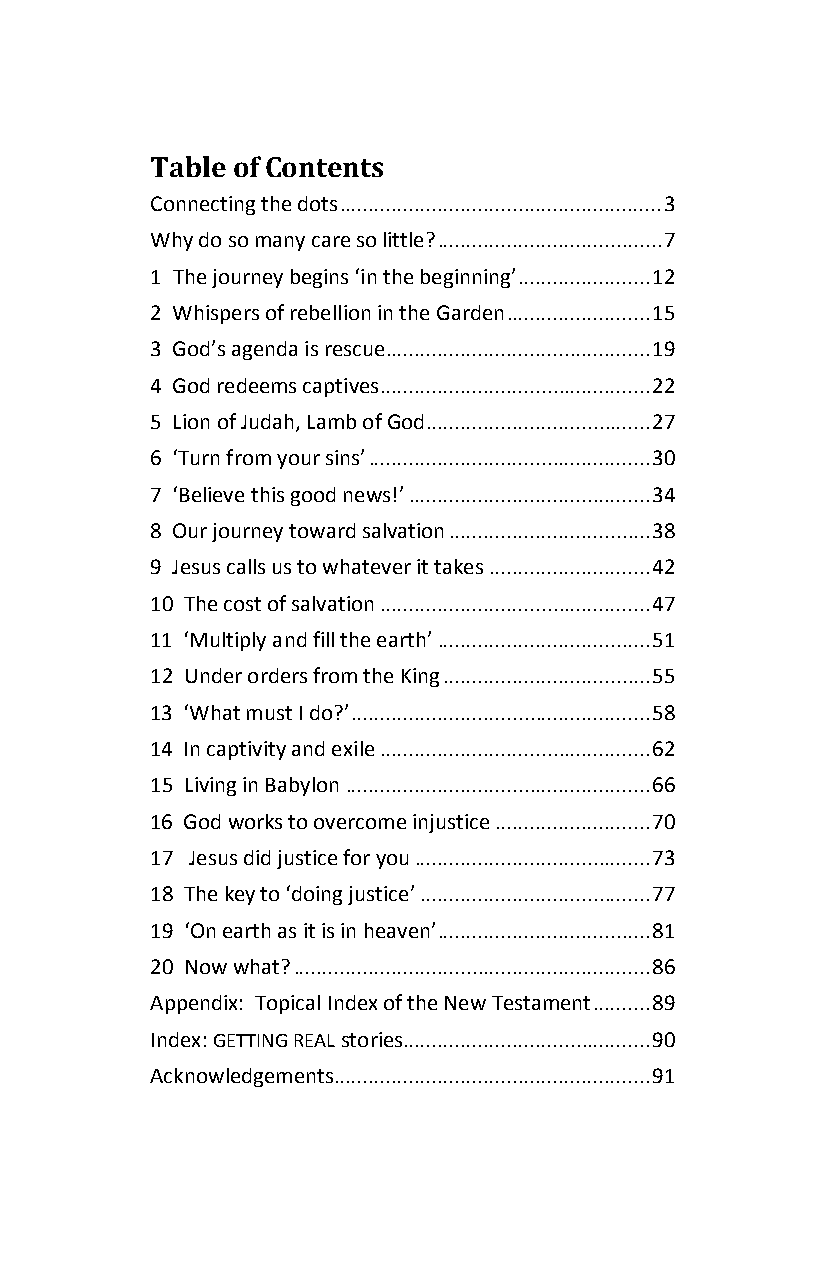
Table of Contents
 Connecting the dots ........................................................ 3
 Why do so many care so little? ....................................... 7
 1 The journey begins ‘in the beginning’ ....................... 12
 2 Whispers of rebellion in the Garden ......................... 15
 3 God’s agenda is rescue .............................................. 19
 4 God redeems captives ............................................... 22
 5 Lion of Judah, Lamb of God ....................................... 27
 6 ‘Turn from your sins’ ................................................. 30
 7 ‘Believe this good news!’ .......................................... 34
 8 Our journey toward salvation ................................... 38
 9 Jesus calls us to whatever it takes ............................ 42
 10 The cost of salvation ............................................... 47
 11 ‘Multiply and fill the earth’ ..................................... 51
 12 Under orders from the King .................................... 55
 13 ‘What must I do?’ .................................................... 58
 14 In captivity and exile ............................................... 62
 15 Living in Babylon ..................................................... 66
 16 God works to overcome injustice ........................... 70
 17 Jesus did justice for you ......................................... 73
 18 The key to ‘doing justice’ ........................................ 77
 19 ‘On earth as it is in heaven’ ..................................... 81
 20 Now what? .............................................................. 86
 Appendix: Topical Index of the New Testament .......... 89
 Index: GETTING REAL stories........................................... 90
 Acknowledgements ....................................................... 91